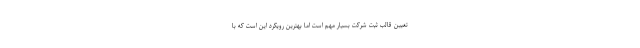
تعیین قالب ثبت شرکت بسیار مهم است اما بهترین رویکرد این است که با